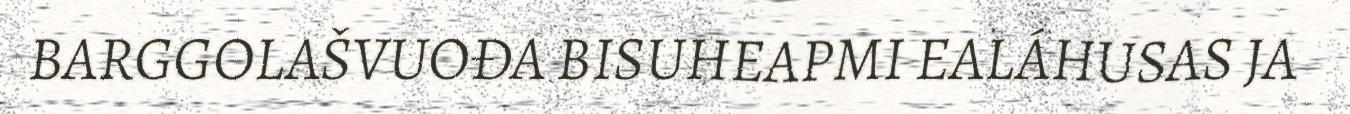
BARGGOLAŠVUOĐA BISUHEAPMI EALÁHUSAS JA